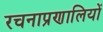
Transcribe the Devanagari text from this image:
रचनाप्रणालियों